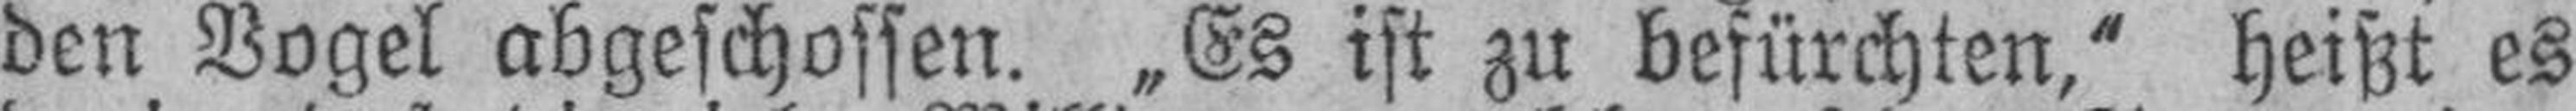
den Vogel abgeschossen. „Es ist zu befürchten,“ heißt es